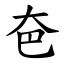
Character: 夿